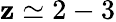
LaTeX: \mathbf{z}\simeq2-3